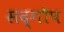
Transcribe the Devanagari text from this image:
सद्गोप